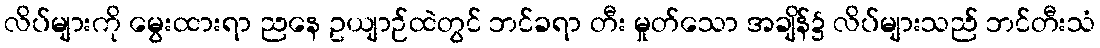
လိပ်များကို မွေးထားရာ ညနေ ဥယျာဉ်ထဲတွင် ဘင်ခရာ တီး မှုတ်သော အချိန်၌ လိပ်များသည် ဘင်တီးသံ